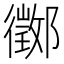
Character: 𨟃